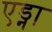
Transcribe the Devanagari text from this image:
एड्ना